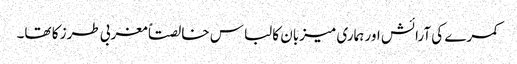
کمرے کی آرائش اور ہماری میزبان کا لباس خالصتاً مغربی طرز کا تھا۔